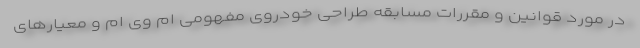
در مورد قوانین و مقررات مسابقه طراحی خودروی مفهومی ام وی ام و معیارهای